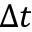
\Delta t